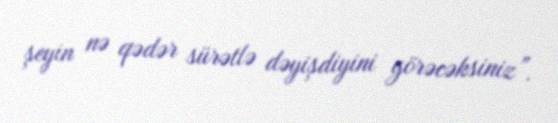
şeyin nə qədər sürətlə dəyişdiyini görəcəksiniz”.